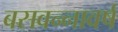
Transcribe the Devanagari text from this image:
बसवन्नावर्ष